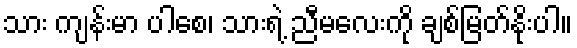
သား ကျန်းမာ ပါစေ၊ သားရဲ့ ညီမလေးကို ချစ်မြတ်နိုးပါ။